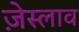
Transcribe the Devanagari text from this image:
ज़ेस्लाव